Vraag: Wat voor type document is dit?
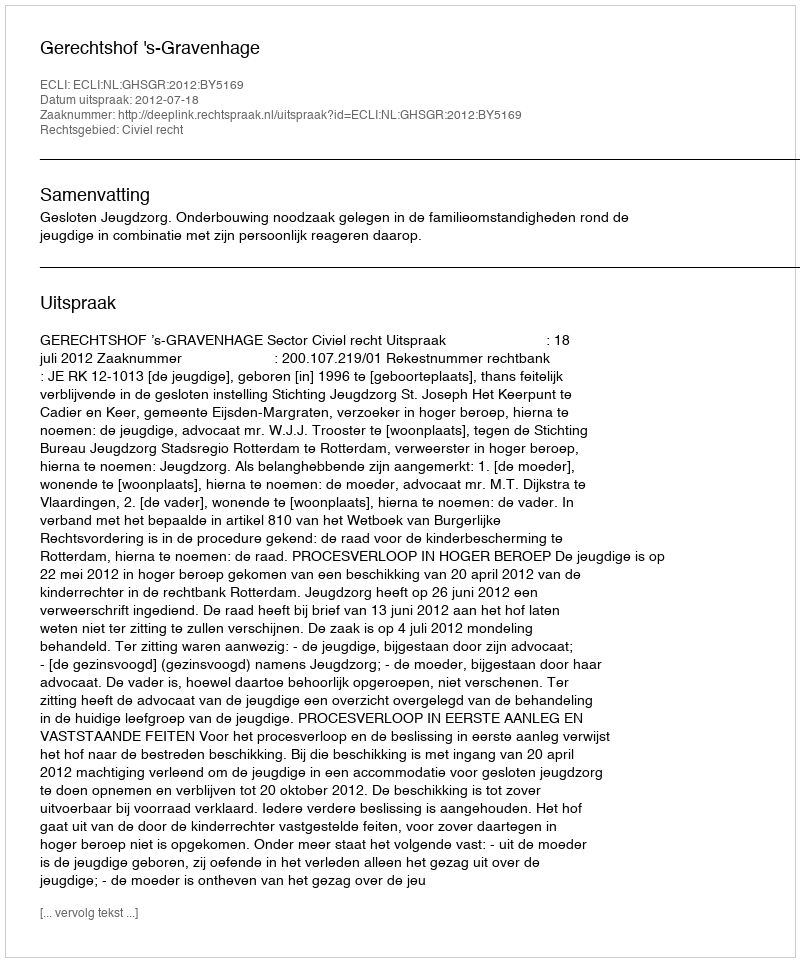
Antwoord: Uitspraak